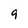
Character: 9